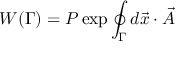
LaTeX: W ( \Gamma ) = P \exp \oint _ { \Gamma } d \vec { x } \cdot \vec { A }